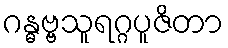
ဂန္ဓဗ္ဗသူရဂ္ဂပူဇိတာ